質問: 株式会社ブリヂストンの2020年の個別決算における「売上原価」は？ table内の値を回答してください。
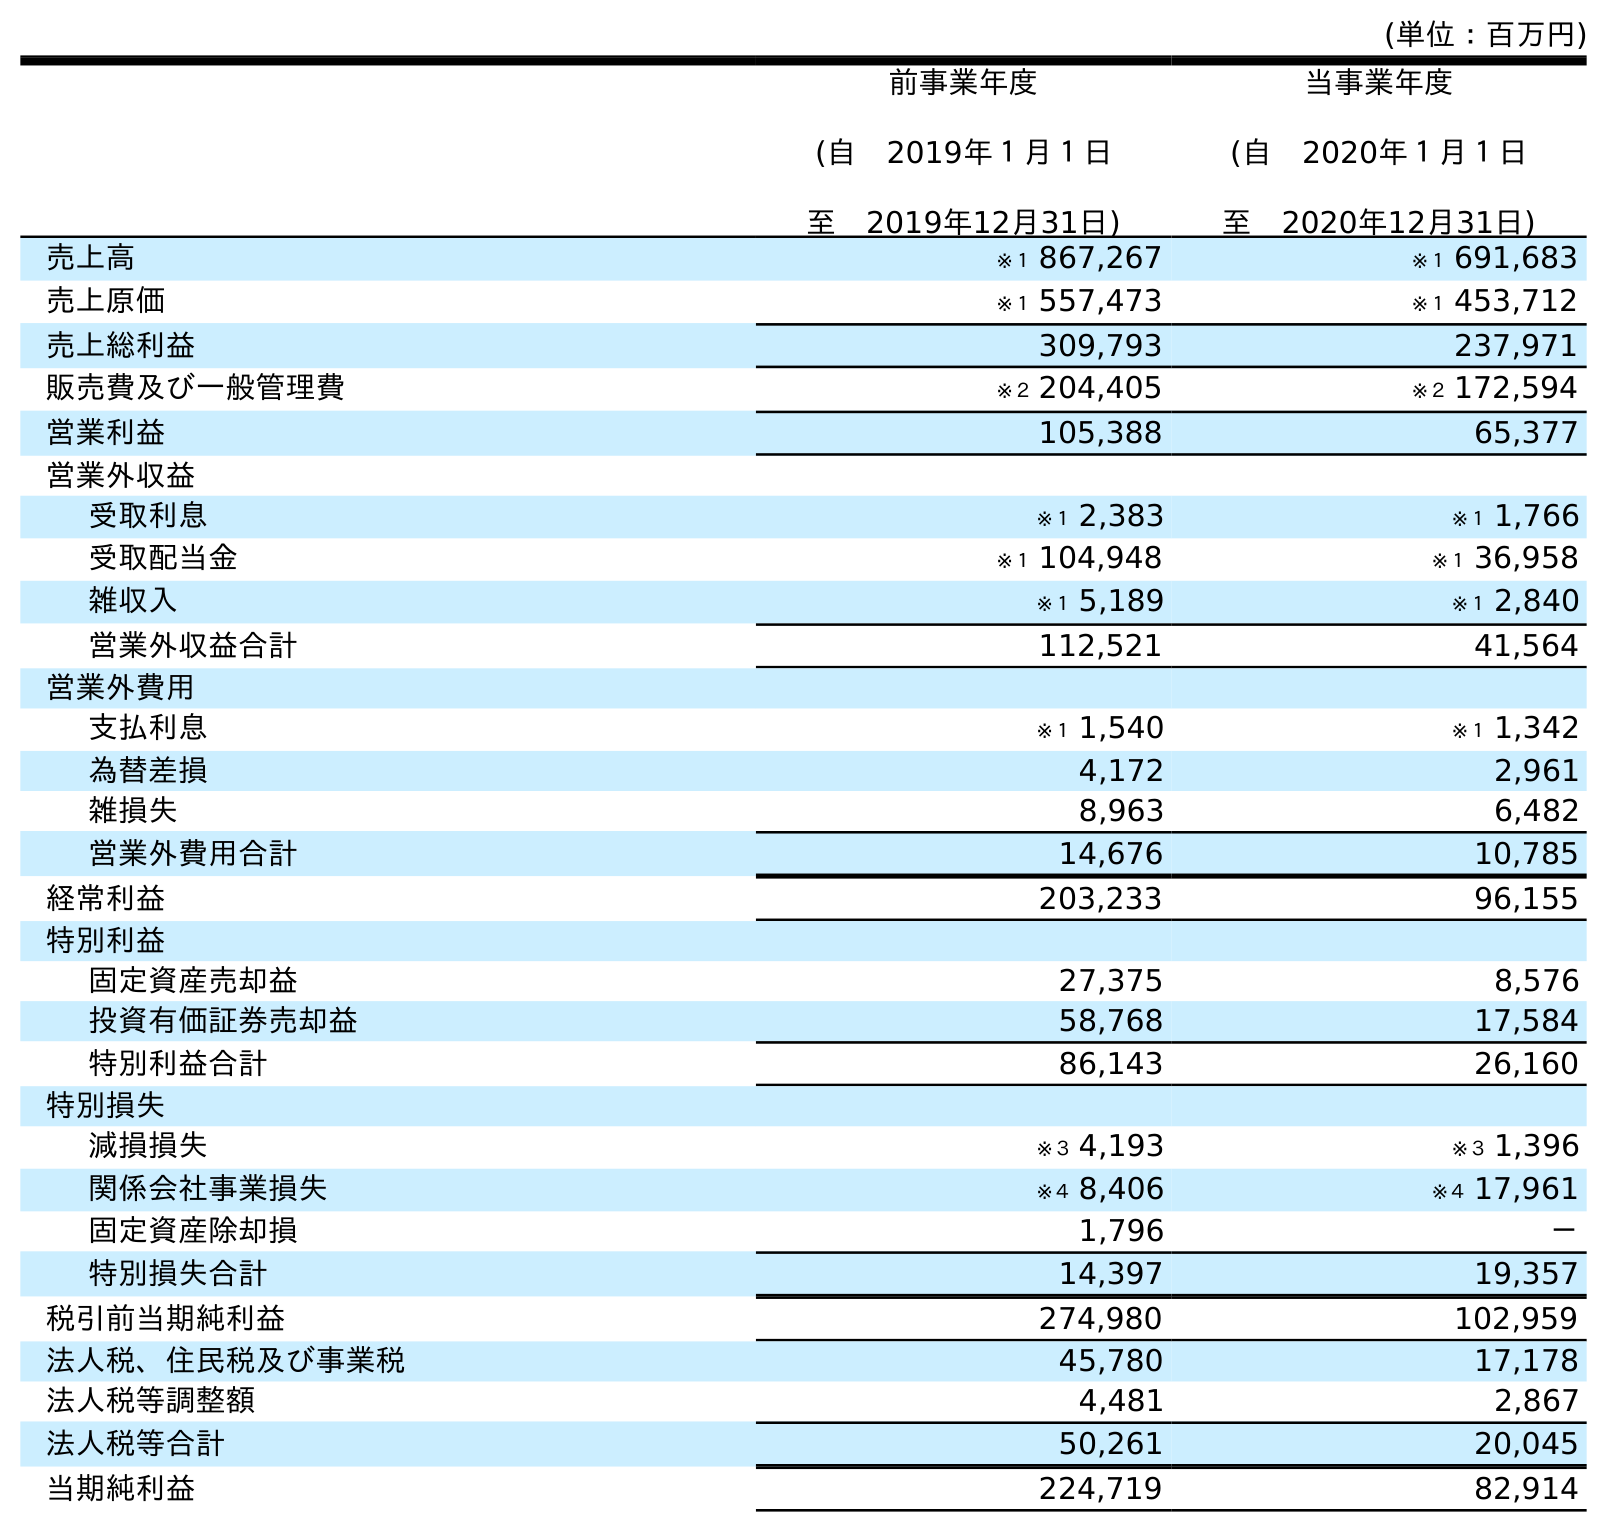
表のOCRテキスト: (単位：百万円) 前事業年度 (自 2019年１月１日 至 2019年12月31日) 当事業年度 (自 2020年１月１日 至 2020年12月31日) 売上高 ※１ 867,267 ※１ 691,683 売上原価 ※１ 557,473 ※１ 453,712 売上総利益 309,793 237,971 販売費及び一般管理費 ※２ 204,405 ※２ 172,594 営業利益 105,388 65,377 営業外収益 受取利息 ※１ 2,383 ※１ 1,766 受取配当金 ※１ 104,948 ※１ 36,958 雑収入 ※１ 5,189 ※１ 2,840 営業外収益合計 112,521 41,564 営業外費用 支払利息 ※１ 1,540 ※１ 1,342 為替差損 4,172 2,961 雑損失 8,963 6,482 営業外費用合計 14,676 10,785 経常利益 203,233 96,155 特別利益 固定資産売却益 27,375 8,576 投資有価証券売却益 58,768 17,584 特別利益合計 86,143 26,160 特別損失 減損損失 ※３ 4,193 ※３ 1,396 関係会社事業損失 ※４ 8,406 ※４ 17,961 固定資産除却損 1,796 － 特別損失合計 14,397 19,357 税引前当期純利益 274,980 102,959 法人税、住民税及び事業税 45,780 17,178 法人税等調整額 4,481 2,867 法人税等合計 50,261 20,045 当期純利益 224,719 82,914
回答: ※１453,712